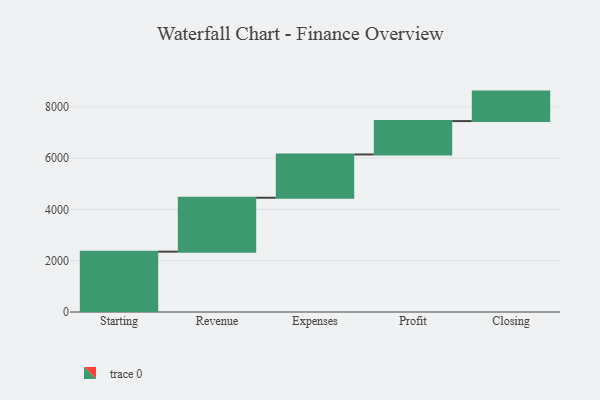
{"axis": {"x": "Step", "y": "Value"}, "legend": [""], "data": [{"x": "Starting", "y": 2354.0, "type": ""}, {"x": "Revenue", "y": 2102.0, "type": ""}, {"x": "Expenses", "y": 1688.0, "type": ""}, {"x": "Profit", "y": 1302.0, "type": ""}, {"x": "Closing", "y": 1150.0, "type": ""}]}